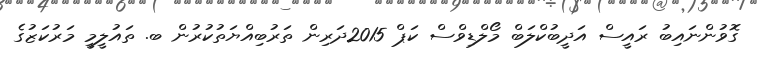
ގޮވުންނައިބު ރައީސް އަދީބުކްލަބް މޯލްޑިވްސް ކަޕް 2015ދަރިން ތަރުބިއްޔަތުކުރުން ބ. ތައުލީމީ މަރުކަޒުގެ